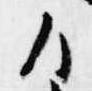
ハ